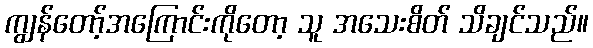
ကျွန်တော့်အကြောင်းကိုတော့ သူ အသေးစိတ် သိချင်သည်။